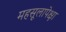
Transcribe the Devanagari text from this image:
महसूलापेक्षा